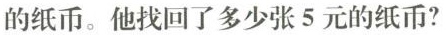
的纸币。他找回了多少张5元的纸币?